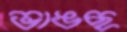
ভাঙছ